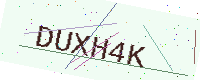
Text: DUXH4K